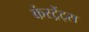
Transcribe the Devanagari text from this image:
कंस्ट्रेंट्स